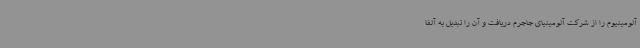
آلومینیوم را از شرکت آلومینیای جاجرم دریافت و آن را تبدیل به آلفا